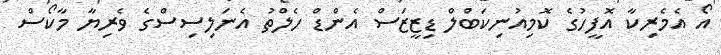
އޯ އެމެރިކާ އޮފީހުގެ ކޮމިއުނިކަބްލް ޑިޒީޒަސް އެންޑް ހެލްތު އެނަލިސިސްގެ ވެރިޔާ މާކޯސް